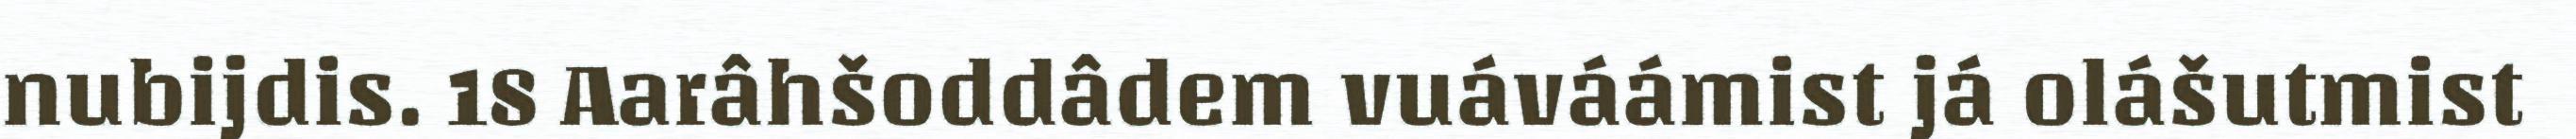
nubijdis. 18 Aarâhšoddâdem vuáváámist já olášutmist